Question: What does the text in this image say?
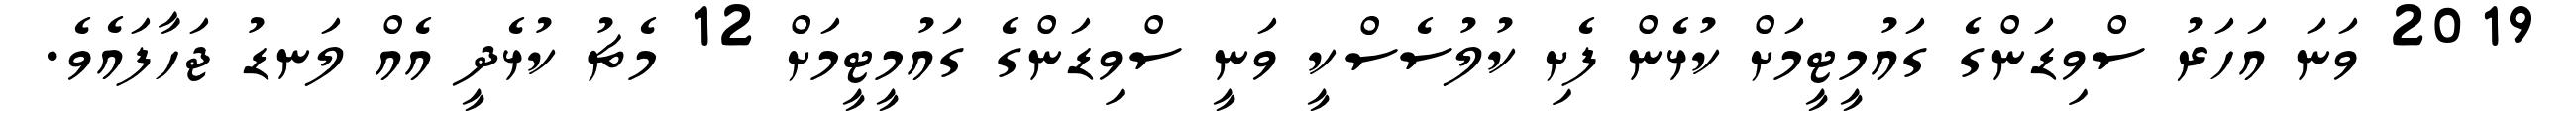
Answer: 2019 ވަނަ އަހަރު ސްވިޑަންގެ ގައުމީޓީމަށް ކުޅެން ފެށި ކުލުސެސްކީ ވަނީ ސްވިޑަންގެ ގައުމީޓީމަށް 12 މެޗު ކުޅެދީ އެއް ލަނޑު ޖަހާފައެވެ.